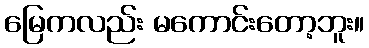
မြေကလည်း မကောင်းတော့ဘူး။